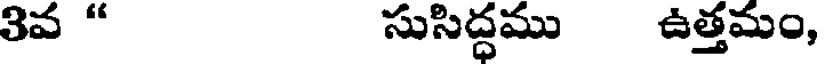
3వ " సుసిద్ధము ఉత్తమం,